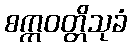
စက္ကဝတ္တိသုခံ